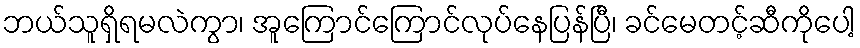
ဘယ်သူရှိရမလဲကွာ၊ အူကြောင်ကြောင်လုပ်နေပြန်ပြီ၊ ခင်မေတင့်ဆီကိုပေါ့